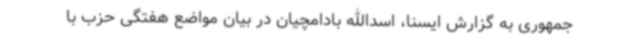
جمهوری به گزارش ایسنا، اسدالله بادامچیان در بیان مواضع هفتگی حزب با